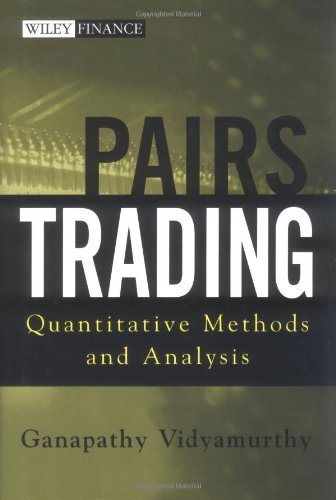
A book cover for Pairs Trading: Quantitative Methods and Analysis; Ganapathy Vidyamurthy; Business & Money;